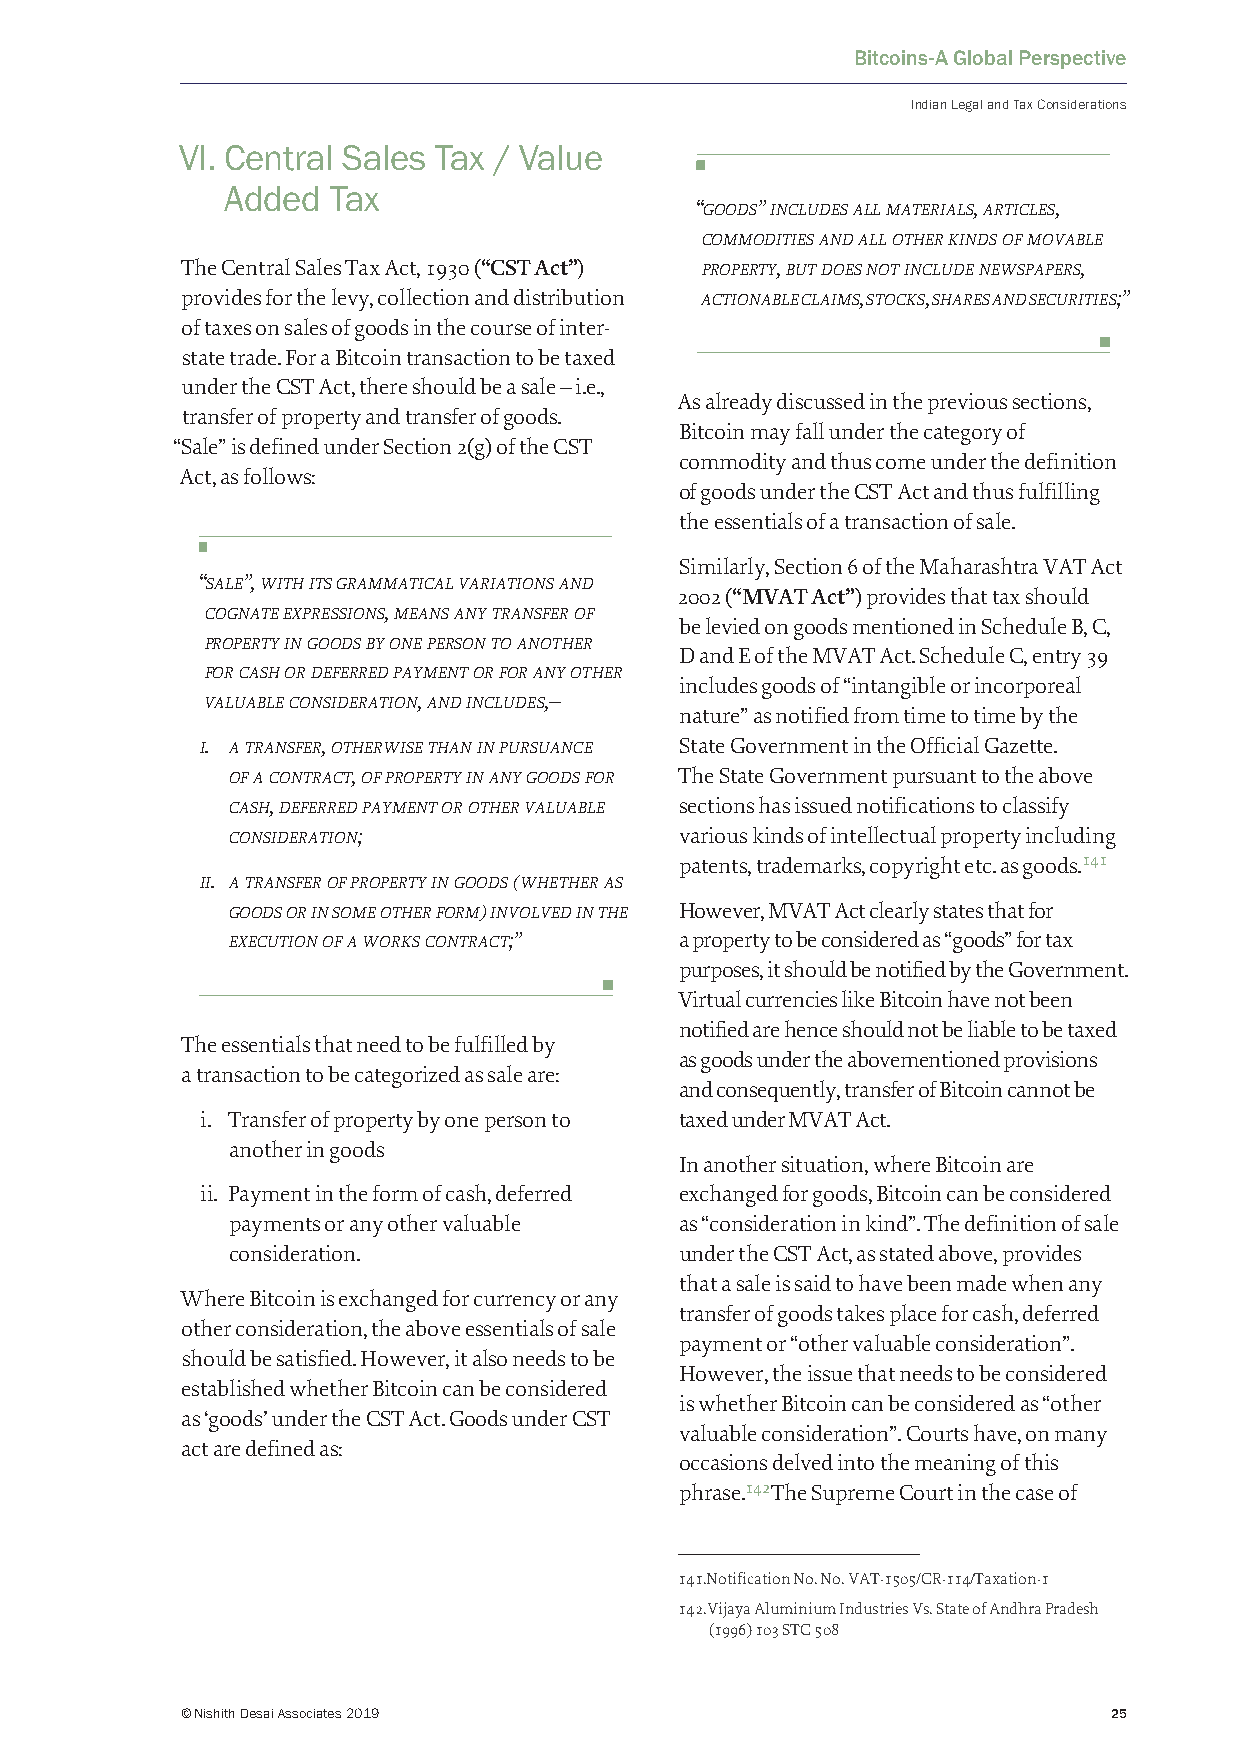
Bitcoins-A Global Perspective
 Indian Legal and Tax Considerations
 VI. Central Sales Tax / Value
 Added  Tax
 “goods” includes all materials, articles,
 commodities and all other kinds of movable
 The Central Sales Tax Act, 1930 (“CST Act”) property, but does not include newspapers,
 provides for the levy, collection and distribution actionable claims, stocks, shares and securities;”
 of taxes on sales of goods in the course of inter-
 state trade. For a Bitcoin transaction to be taxed
 under the CST Act, there should be a sale – i.e.,
 As already discussed in the previous sections,
 transfer of property and transfer of goods.
 Bitcoin may fall under the category of
 “Sale” is defined under Section 2(g) of the CST
 commodity and thus come under the definition
 Act, as follows:
 of goods under the CST Act and thus fulfilling
 the essentials of a transaction of sale.
 Similarly, Section 6 of the Maharashtra VAT Act
 “sale”, with its grammatical variations and
 2002 (“MVAT Act”) provides that tax should
 cognate expressions, means any transfer of
 be levied on goods mentioned in Schedule B, C,
 property in goods by one person to another
 D and E of the MVAT Act. Schedule C, entry 39
 for cash or deferred payment or for any other
 includes goods of “intangible or incorporeal
 valuable consideration, and includes,–
 nature” as notified from time to time by the
 i. a transfer, otherwise than in pursuance State Government in the Official Gazette.
 of a contract, of property in any goods for The State Government pursuant to the above
 cash, deferred payment or other valuable sections has issued notifications to classify
 consideration;                various kinds of intellectual property including
 patents, trademarks, copyright etc. as goods.141
 ii. a transfer of property in goods (whether as
 goods or in some other form) involved in the However, MVAT Act clearly states that for
 execution of a works contract;” a property to be considered as “goods” for tax
 purposes, it should be notified by the Government.
 Virtual currencies like Bitcoin have not been
 notified are hence should not be liable to be taxed
 The essentials that need to be fulfilled by
 as goods under the abovementioned provisions
 a transaction to be categorized as sale are:
 and consequently, transfer of Bitcoin cannot be
 i. Transfer of property by one person to taxed under MVAT Act.
 another in goods
 In another situation, where Bitcoin are
 ii. Payment in the form of cash, deferred exchanged for goods, Bitcoin can be considered
 payments or any other valuable as “consideration in kind”. The definition of sale
 consideration.                under the CST Act, as stated above, provides
 that a sale is said to have been made when any
 Where Bitcoin is exchanged for currency or any
 transfer of goods takes place for cash, deferred
 other consideration, the above essentials of sale
 payment or “other valuable consideration”.
 should be satisfied. However, it also needs to be
 However, the issue that needs to be considered
 established whether Bitcoin can be considered
 is whether Bitcoin can be considered as “other
 as ‘goods’ under the CST Act. Goods under CST
 valuable consideration”. Courts have, on many
 act are defined as:
 occasions delved into the meaning of this
 phrase.142The Supreme Court in the case of
 141. Notification No. No. VAT-1505/CR-114/Taxation-1
 142. Vijaya Aluminium Industries Vs. State of Andhra Pradesh
 (1996) 103 STC 508
 © Nishith Desai Associates 2019                               25